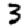
Digit: 3